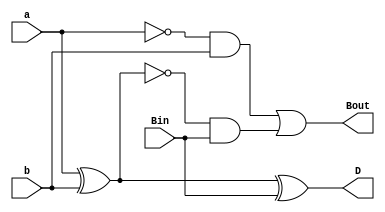
module fsub(input a, b, Bin, output D, Bout);
  assign D = a ^ b ^ Bin;
  assign Bout = (~a & b) | (~(a ^ b) & Bin);
endmodule